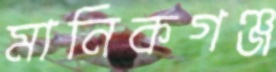
মানিকগঞ্জ